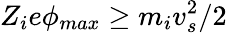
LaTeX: Z_{i}e\phi_{max}\geq m_{i}v_{s}^{2}/2